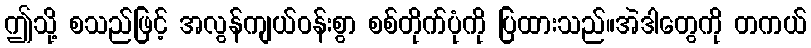
ဤသို့ စသည်ဖြင့် အလွန်ကျယ်ဝန်းစွာ စစ်တိုက်ပုံကို ပြထားသည်။အဲဒါတွေကို တကယ်